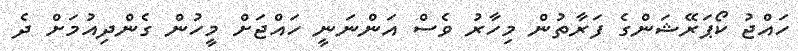
ހައްޖު ކޯޕަރޭޝަންގެ ފަރާތުން މިހާރު ވެސް އަންނަނީ ހައްޖަށް މީހުން ގެންދިއުމަށް ދެ